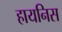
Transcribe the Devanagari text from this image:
हायनिस